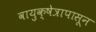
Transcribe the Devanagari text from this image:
वायुक्षेत्रापासून